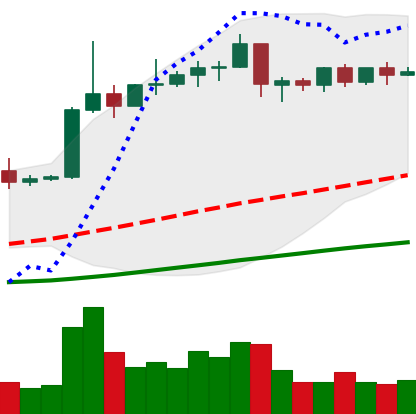
Ticker: EOS-USD
Chart end date: 2019-04-18
Forward return: -5.887%
Label: down_5_7